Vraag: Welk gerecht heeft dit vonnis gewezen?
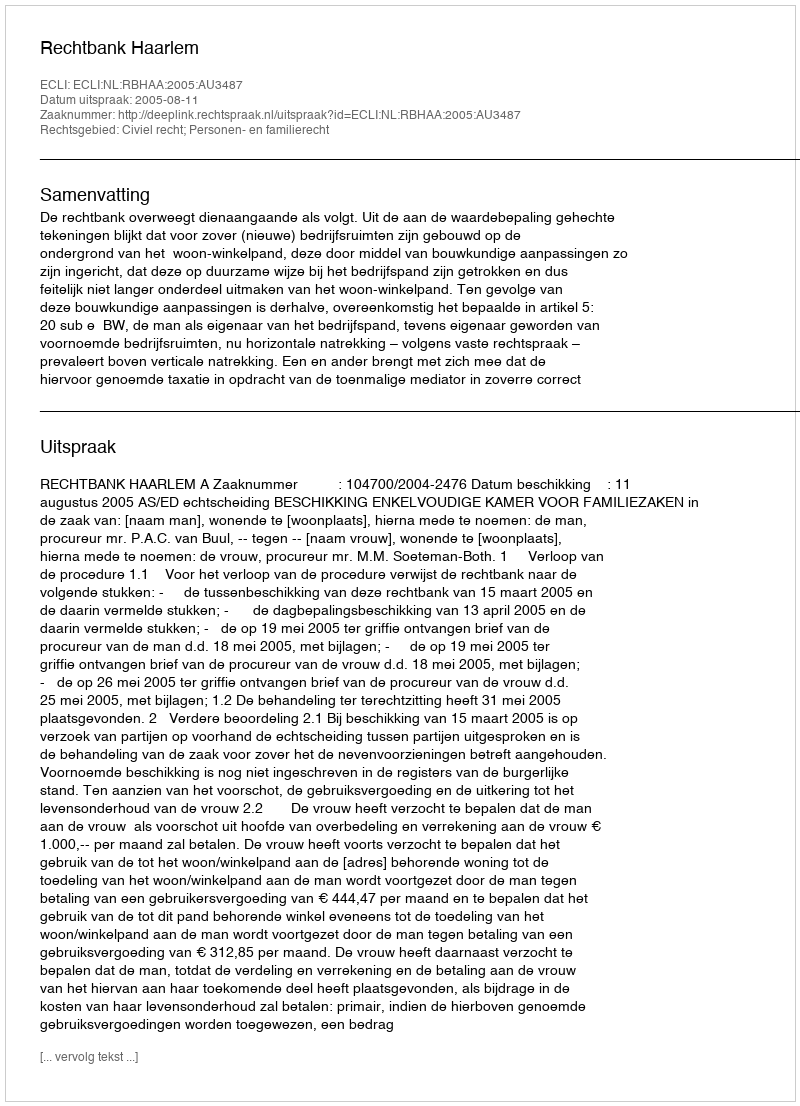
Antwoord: Rechtbank Haarlem